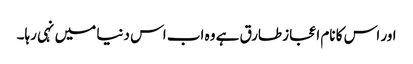
اور اس کا نام اعجاز طارق ہے وہ اب اس دنیا میں نہی رہا۔